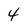
Character: 4